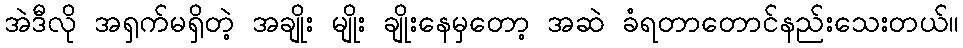
အဲဒီလို အရှက်မရှိတဲ့ အချိုး မျိုး ချိုးနေမှတော့ အဆဲ ခံရတာတောင်နည်းသေးတယ်။